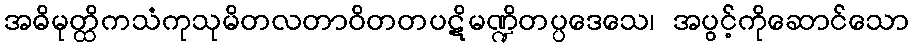
အဓိမုတ္ထိကသံကုသုမိတလတာဝိတတပဋိမဏ္ဍိတပ္ပဒေသေ၊ အပွင့်ကိုဆောင်သော